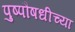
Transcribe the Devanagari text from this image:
पुष्पौषधीच्या